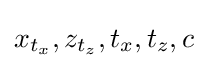
x_{t_{x}},z_{t_{z}},t_{x},t_{z},c